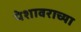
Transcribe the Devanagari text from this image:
पेशावराच्या